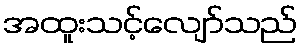
အထူးသင့်လျော်သည်